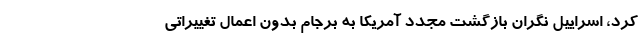
کرد، اسراییل نگران بازگشت مجدد آمریکا به برجام بدون اعمال تغییراتی